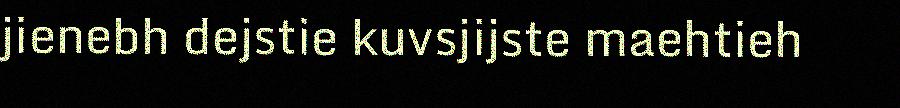
jienebh dejstie kuvsjijste maehtieh